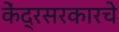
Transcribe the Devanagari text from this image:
केंद्रसरकारचे